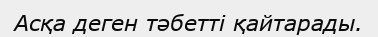
Асқа деген тәбетті қайтарады.